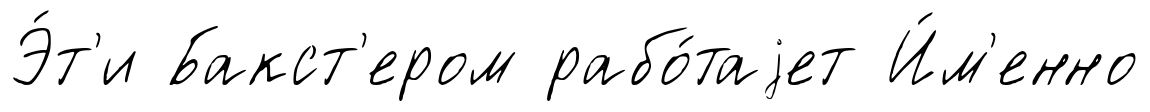
Э́т'и Бакст'ером рабо́таjет И́м'енно